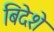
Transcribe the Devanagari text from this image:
बिदेशे